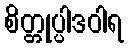
စိတ္တုပ္ပါဒဝါရ